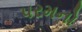
પરમનો